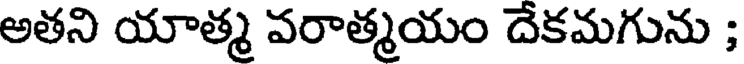
అతని యాత్మ వరాత్మయం దేకమగును ;